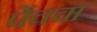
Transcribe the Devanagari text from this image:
पेंचचा